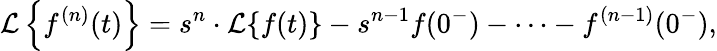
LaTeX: {\mathcal{L}}\left\{ f^{(n)}(t)\right\} =s^{n}\cdot{\mathcal{L}}\{ f(t)\} -s^{n-1}f(0^{-})-\cdots-f^{(n-1)}(0^{-}),